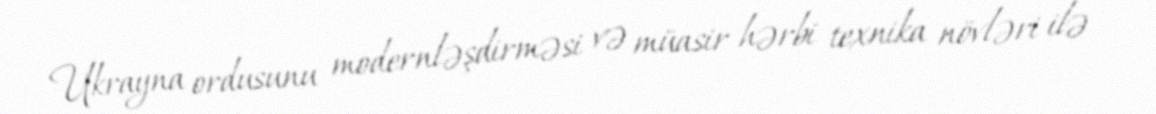
Ukrayna ordusunu modernləşdirməsi və müasir hərbi texnika növləri ilə